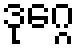
ဒုဂ္ဂေ